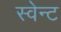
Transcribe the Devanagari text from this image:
स्वेन्ट